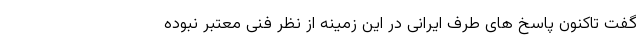
گفت تاکنون پاسخ های طرف ایرانی در این زمینه از نظر فنی معتبر نبوده